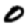
Digit: 0